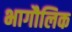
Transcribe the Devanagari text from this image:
भागौलिक